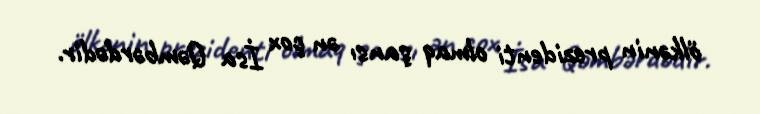
ölkənin prezidenti olmaq şansı ən çox İsa Qəmbərdədir.